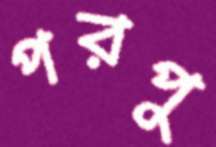
পরপু